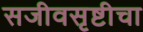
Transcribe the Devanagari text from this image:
सजीवसृष्टीचा